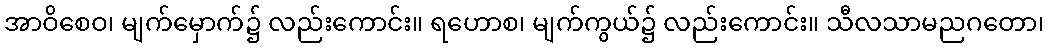
အာဝိစေဝ၊ မျက်မှောက်၌ လည်းကောင်း။ ရဟောစ၊ မျက်ကွယ်၌ လည်းကောင်း။ သီလသာမညဂတော၊